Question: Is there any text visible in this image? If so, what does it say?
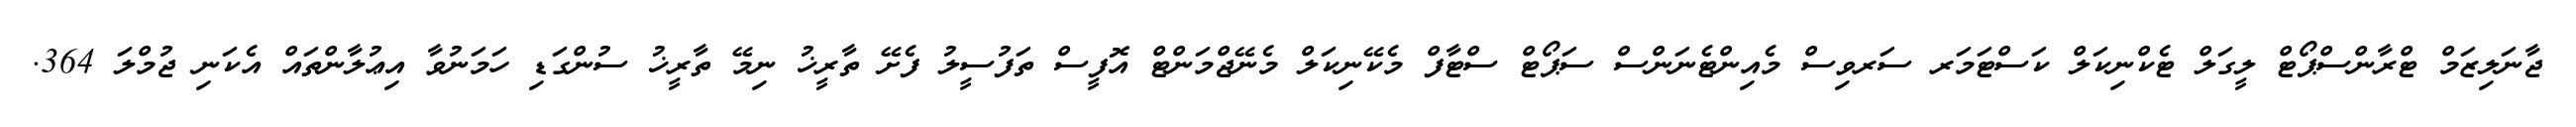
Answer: ޖާނަލިޒަމް ޓްރާންސްޕޯޓް ލީގަލް ޓެކްނިކަލް ކަސްޓަމަރ ސަރވިސް މެއިންޓެނަންސް ސަޕޯޓް ސްޓާފް މެކޭނިކަލް މެނޭޖްމަންޓް އޮފީސް ތަފުސީލު ފެށޭ ތާރީޚު ނިމޭ ތާރީޚު ސުންގަޑި ހަމަނުވާ އިޢުލާންތައް އެކަނި ޖުމްލަ 364.